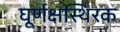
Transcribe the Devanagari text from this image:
घूर्णक्षस्थिरक